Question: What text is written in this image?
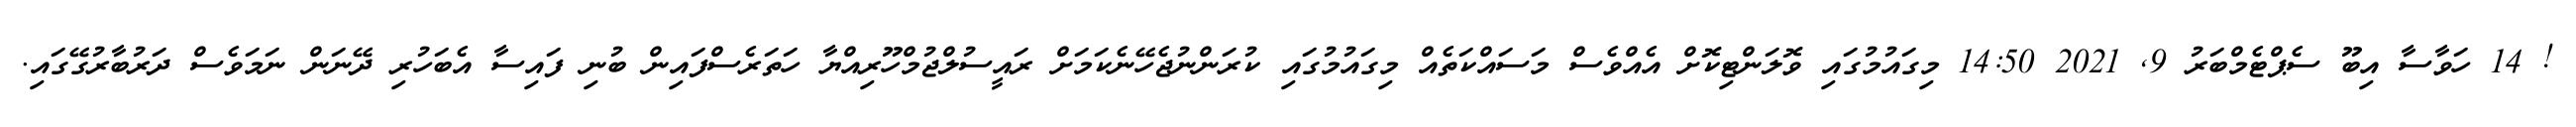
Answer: ! 14 ހަވާސާ އިބޫ ސެޕްޓެމްބަރު 9, 2021 14:50 މިގައުމުގައި ވޮލަންޓިކޮށް އެއްވެސް މަސައްކަތެއް މިގައުމުގައި ކުރަންނުޖެހޭނެކަމަށް ރައީސުލްޖުމްހޫރިއްޔާ ހަތަރެސްފައިން ބުނި ފައިސާ އެބަހުރި ދޭނަން ނަމަވެސް ދަރުބާރުގޭގައި.